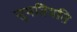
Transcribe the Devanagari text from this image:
सुमतिमति